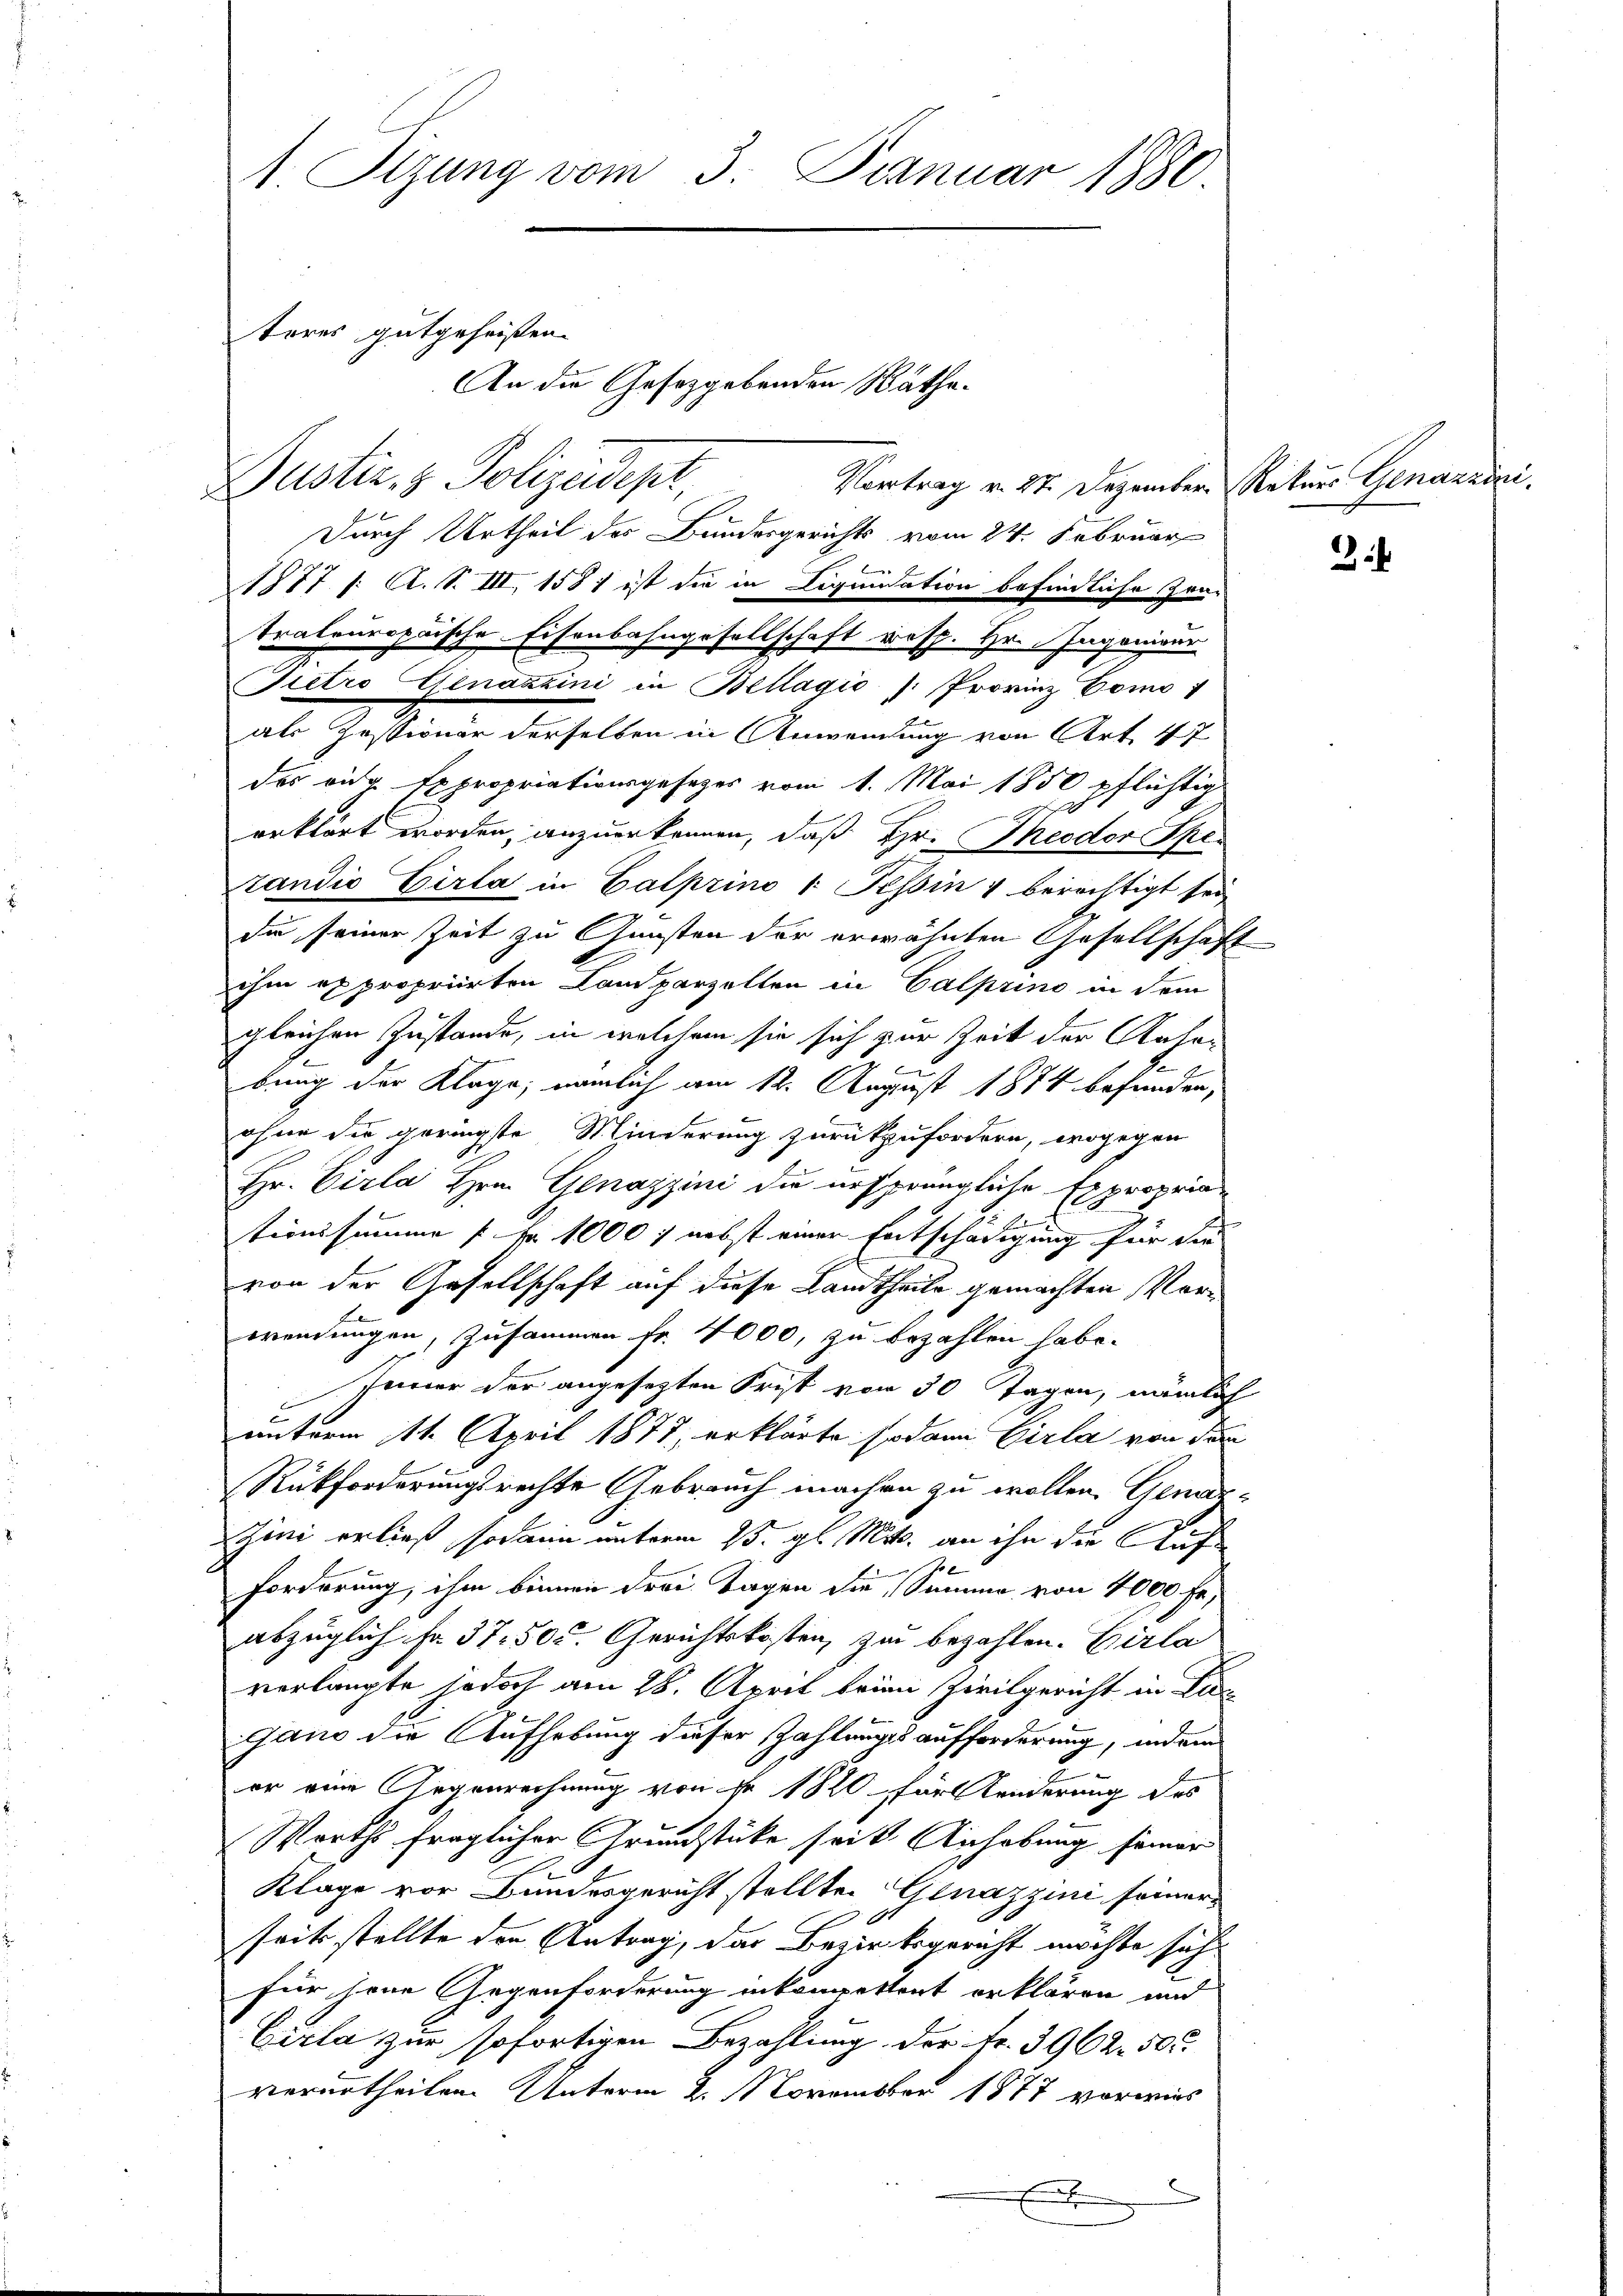
1 Sizung vom 3. Januar 1880

Durch Urtheil des Bundesgerichts vom 24. Februar
1877 /: A. S. III 1581 ist die in Liquidation befindliche Zeu-
trateuropaische Eisenbahngesellschaft resp. Hr. Jaganisar
Pietro Genazzini in Bellagio (: Provinz Como 1
als Gestamen derselben in Anwendung von Art. 17.
des eige Expropriationsgesetzes vom 1. Mai 1850 pflichtig
erklärt worden, anzuerkennen, daß Hr. Theodor Sperandio Cirta in Calprino v. Tessin 1 berechtigt sei
die seiner Zeit zu Gunsten der erwähnten Gesellschaft
ihm expropriirten Landparzelten in Calprino in dem
gleichen Zustande, in welchem sie sich zur Zeit der Raha-
c
bung der Klage, nämlich am 12. August 1884 befunden,
ohne die geringste Minderung zurückzufordern, wogegen
Hr. Virla Hrn. Genazzini die ursprüngliche Expropria
1
tionssumme p fr. 1000 f nebst einer Entschädigung für die
von der Gesellschaft auf diese Landtheile gemachten Vorwendungen, zusammen fr. 4000, zu bezahlen habe.
Inner der angesezten Frist von 30 Tagen, nämlich
unterm 11. April 1877, erklärte sodann Girla von den
Rückforderungsrechte Gebrauch machen zu wollen. Gener¬
Zini erließ, sodann unterm 13. gl. Mts. an ihn die Auf
Forderung, ihm binnen drei Tagen die Summe von 4000 fr,
abzüglich fr. 37. 50c. Gerichtskosten, zu bezahlen. Birla
verlangte jedoch am 28. April beien Zivilgericht in Kin
Gano die Aufhebung dieser Zahlungsaufforderung, indem
er eine Gegenrechnung von fr. 1820 für Kinderung des
Wirths fraglicher Grundstücke seit Anhebung seiner
Klage vor Bundesgericht stellten Genazzini seiner
seit stellte den Antrag, das Bezirksgericht möchte sich
für jene Gegenforderung inkompetent erklären und
Cirla zur sofortigen Bezahlung der Fr. 3962. 50.
verurtheilen. Unterm 2. November 1877 vorwies
e
x

teres gutgeheißen.
Justiz- & Polizeidept

Vortrag v. 27. Dezember Rekurs Genazzini.

An die Gesetzgebenden Räthe.